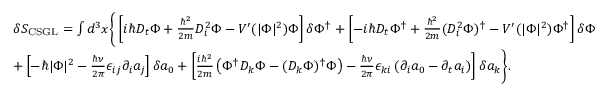
\begin{array} { r l } & { \delta S _ { \mathrm { C S G L } } = \int d ^ { 3 } x \Bigg \{ \left[ i \hbar D _ { t } \Phi + \frac { \hbar ^ { 2 } } { 2 m } D _ { i } ^ { 2 } \Phi - V ^ { \prime } ( | \Phi | ^ { 2 } ) \Phi \right] \delta \Phi ^ { \dagger } + \left[ - i \hbar D _ { t } \Phi ^ { \dagger } + \frac { \hbar ^ { 2 } } { 2 m } ( D _ { i } ^ { 2 } \Phi ) ^ { \dagger } - V ^ { \prime } ( | \Phi | ^ { 2 } ) \Phi ^ { \dagger } \right] \delta \Phi } \\ & { + \left[ - \hbar | \Phi | ^ { 2 } - \frac { \hbar \nu } { 2 \pi } \epsilon _ { i j } \partial _ { i } a _ { j } \right] \delta a _ { 0 } + \left[ \frac { i \hbar ^ { 2 } } { 2 m } \left( \Phi ^ { \dagger } D _ { k } \Phi - ( D _ { k } \Phi ) ^ { \dagger } \Phi \right) - \frac { \hbar \nu } { 2 \pi } \epsilon _ { k i } \left( \partial _ { i } a _ { 0 } - \partial _ { t } a _ { i } \right) \right] \delta a _ { k } \Bigg \} . } \end{array}